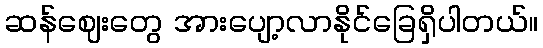
ဆန်ဈေးတွေ အားပျော့လာနိုင်ခြေရှိပါတယ်။